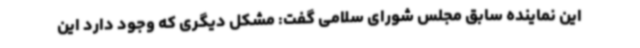
این نماینده سابق مجلس شورای سلامی گفت: مشکل دیگری که وجود دارد این